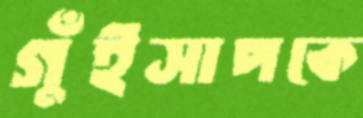
গুঁইসাপকে